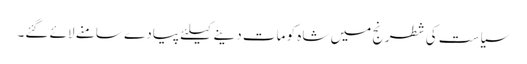
سیاست کی شطرنج میں شاہ کو مات دینے کیلئے پیادے سامنے لائے گئے۔